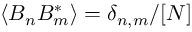
\langle B _ { n } B _ { m } ^ { * } \rangle = \delta _ { n , m } / [ N ]